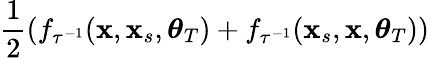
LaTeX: \frac{1}{2}\left(f_{\tau^{-1}}(\mathbf{x},\mathbf{x}_{s},\boldsymbol{\theta}_{T})+f_{\tau^{-1}}(\mathbf{x}_{s},\mathbf{x},\boldsymbol{\theta}_{T})\right)